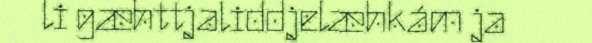
li gæhttjaliddjelæhkám ja